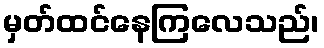
မှတ်ထင်နေကြလေသည်၊